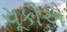
ચૂકીએ